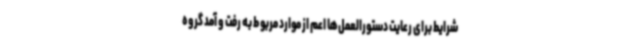
شرایط برای رعایت دستورالعمل‌ها اعم از موارد مربوط به رفت و آمد گروه